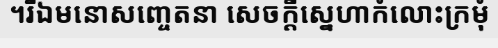
។រីឯមនោសញ្ចេតនា សេចក្តីស្នេហាកំលោះក្រមុំ